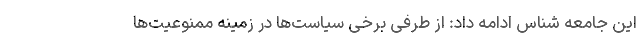
این جامعه شناس ادامه داد: از طرفی برخی سیاست‌ها در زمینه ممنوعیت‌ها